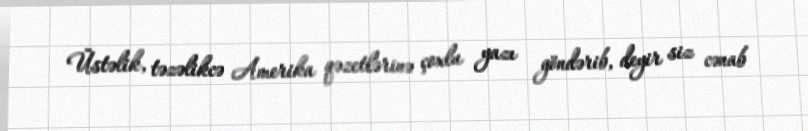
Üstəlik, təzəlikcə Amerika qəzetlərinə çoxlu yazı göndərib, deyir siz cənab